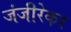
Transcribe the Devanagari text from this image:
जंजीरेकर